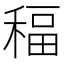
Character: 稫